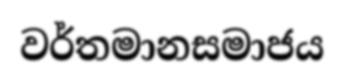
වර්තමානසමාජය